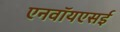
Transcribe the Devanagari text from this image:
एनवॉयएसई